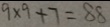
9 \times 9 + 7 = 8 8